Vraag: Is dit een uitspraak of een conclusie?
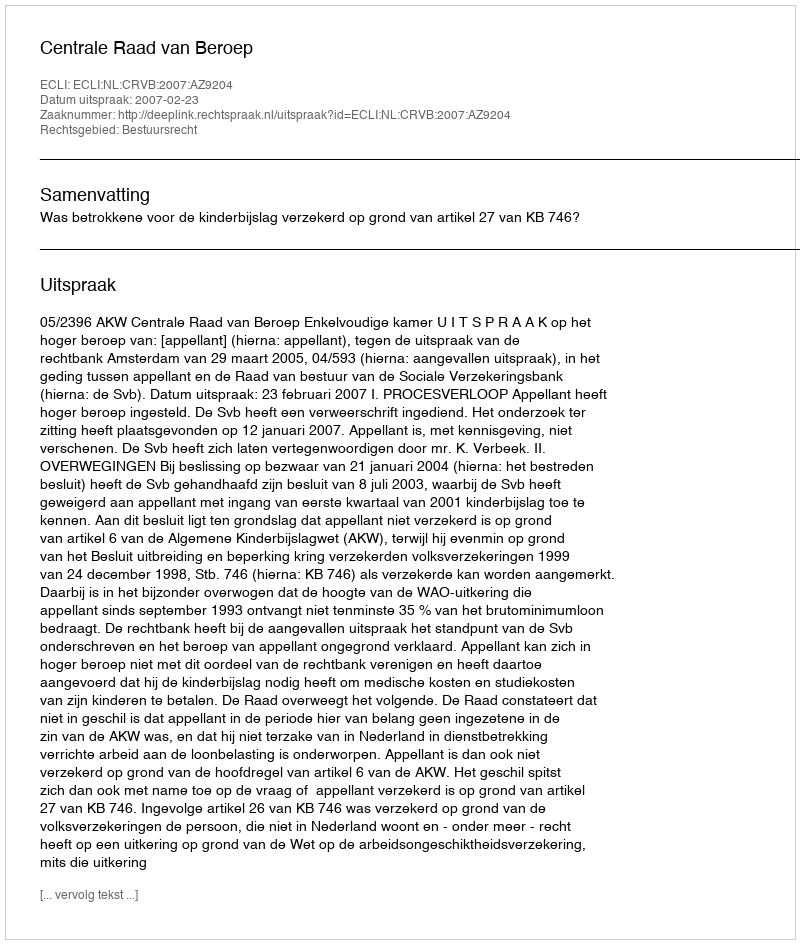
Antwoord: Uitspraak